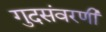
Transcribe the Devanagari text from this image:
गुदसंवरणी